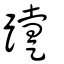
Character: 𨆫